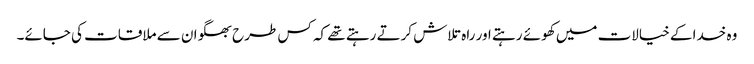
وہ خدا کے خیالات میں کھوئے رہتے اور راہ تلاش کرتے رہتے تھے کہ کس طرح بھگوان سے ملاقات کی جائے۔